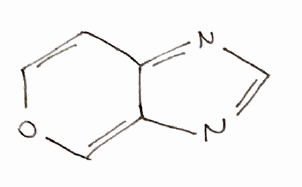
Simplified molecular-input line-entry system (SMILES) notation of the given molecule:
C1=COC=C2C1=NC=N2